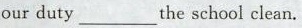
our duty ___ the school clean.